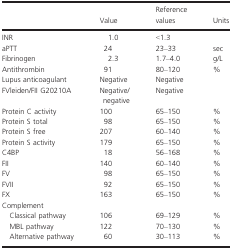
<table><thead><tr><td></td><td><b>Value</b></td><td><b>Reference values</b></td><td><b>Units</b></td></tr></thead><tbody><tr><td>INR</td><td>1.0</td><td>&lt;1.3</td><td></td></tr><tr><td>aPTT</td><td>24</td><td>23–33</td><td>sec</td></tr><tr><td>Fibrinogen</td><td>2.3</td><td>1.7–4.0</td><td>g/L</td></tr><tr><td>Antithrombin</td><td>91</td><td>80–120</td><td>%</td></tr><tr><td>Lupus anticoagulant</td><td>Negative</td><td>Negative</td><td></td></tr><tr><td>FVleiden/FII G20210A</td><td>Negative/negative</td><td>Negative</td><td></td></tr><tr><td>Protein C activity</td><td>100</td><td>65–150</td><td>%</td></tr><tr><td>Protein S total</td><td>98</td><td>65–150</td><td>%</td></tr><tr><td>Protein S free</td><td>207</td><td>60–140</td><td>%</td></tr><tr><td>Protein S activity</td><td>179</td><td>65–150</td><td>%</td></tr><tr><td>C4BP</td><td>18</td><td>56–168</td><td>%</td></tr><tr><td>FII</td><td>140</td><td>60–140</td><td>%</td></tr><tr><td>FV</td><td>98</td><td>65–150</td><td>%</td></tr><tr><td>FVII</td><td>92</td><td>65–150</td><td>%</td></tr><tr><td>FX</td><td>163</td><td>65–150</td><td>%</td></tr><tr><td colspan="4">Complement</td></tr><tr><td>Classical pathway</td><td>106</td><td>69–129</td><td>%</td></tr><tr><td>MBL pathway</td><td>122</td><td>70–130</td><td>%</td></tr><tr><td>Alternative pathway</td><td>60</td><td>30–113</td><td>%</td></tr></tbody></table>